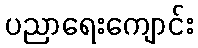
ပညာရေးကျောင်း